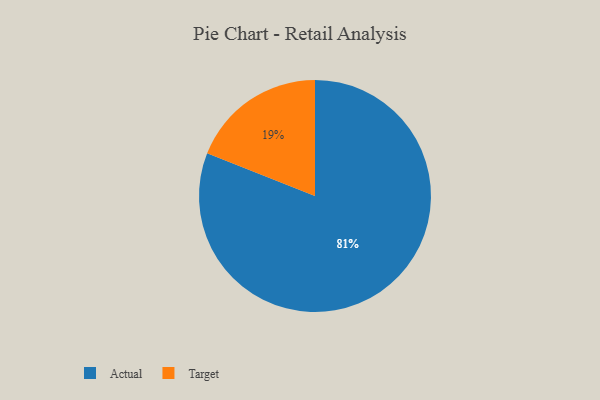
{"axis": {"x": "Category", "y": "Percentage"}, "legend": ["Actual", "Target"], "data": [{"x": "Actual", "y": 81, "type": "Actual"}, {"x": "Target", "y": 19, "type": "Target"}]}